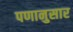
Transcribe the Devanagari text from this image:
पणानुसार